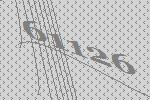
61126